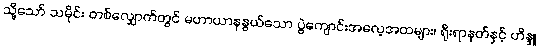
သို့သော် သမိုင်း တစ်လျှောက်တွင် မဟာယာနနွယ်သော ပွဲကျောင်းအလေ့အထများ၊ ရိုးရာနတ်နှင့် ဟိန္ဒူ